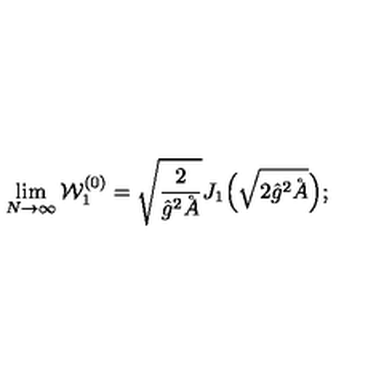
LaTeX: \lim _ { N \to \infty } { \cal W } _ { 1 } ^ { ( 0 ) } = \sqrt { \frac 2 { \hat { g } ^ { 2 } \AA } } J _ { 1 } \Bigl ( \sqrt { 2 \hat { g } ^ { 2 } \AA } \Bigr ) ;